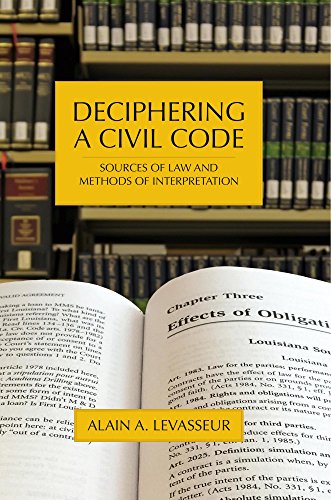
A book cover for Deciphering a Civil Code: Sources of Law and Methods of Interpretation; Alain A. Levasseur; Law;